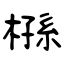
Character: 槂